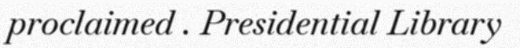
proclaimed . Presidential Library